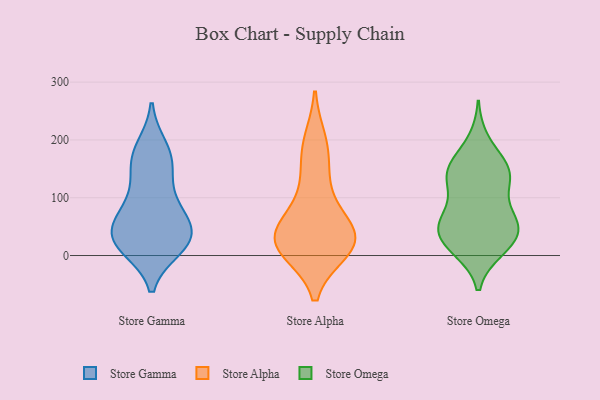
{"axis": {"x": "Website Visitors", "y": "Value"}, "legend": ["Store Alpha", "Store Gamma", "Store Omega"], "data": [{"x": "", "y": 15, "type": "Store Gamma"}, {"x": "", "y": 23, "type": "Store Gamma"}, {"x": "", "y": 38, "type": "Store Gamma"}, {"x": "", "y": 186, "type": "Store Gamma"}, {"x": "", "y": 175, "type": "Store Gamma"}, {"x": "", "y": 26, "type": "Store Gamma"}, {"x": "", "y": 152, "type": "Store Gamma"}, {"x": "", "y": 153, "type": "Store Gamma"}, {"x": "", "y": 34, "type": "Store Gamma"}, {"x": "", "y": 51, "type": "Store Gamma"}, {"x": "", "y": 68, "type": "Store Gamma"}, {"x": "", "y": 93, "type": "Store Gamma"}, {"x": "", "y": 88, "type": "Store Gamma"}, {"x": "", "y": 19, "type": "Store Gamma"}, {"x": "", "y": 35, "type": "Store Alpha"}, {"x": "", "y": 20, "type": "Store Alpha"}, {"x": "", "y": 196, "type": "Store Alpha"}, {"x": "", "y": 10, "type": "Store Alpha"}, {"x": "", "y": 123, "type": "Store Alpha"}, {"x": "", "y": 40, "type": "Store Alpha"}, {"x": "", "y": 78, "type": "Store Alpha"}, {"x": "", "y": 176, "type": "Store Alpha"}, {"x": "", "y": 22, "type": "Store Alpha"}, {"x": "", "y": 19, "type": "Store Alpha"}, {"x": "", "y": 30, "type": "Store Alpha"}, {"x": "", "y": 66, "type": "Store Omega"}, {"x": "", "y": 144, "type": "Store Omega"}, {"x": "", "y": 46, "type": "Store Omega"}, {"x": "", "y": 64, "type": "Store Omega"}, {"x": "", "y": 15, "type": "Store Omega"}, {"x": "", "y": 14, "type": "Store Omega"}, {"x": "", "y": 58, "type": "Store Omega"}, {"x": "", "y": 146, "type": "Store Omega"}, {"x": "", "y": 198, "type": "Store Omega"}, {"x": "", "y": 129, "type": "Store Omega"}, {"x": "", "y": 147, "type": "Store Omega"}, {"x": "", "y": 138, "type": "Store Omega"}, {"x": "", "y": 10, "type": "Store Omega"}, {"x": "", "y": 31, "type": "Store Omega"}, {"x": "", "y": 53, "type": "Store Omega"}, {"x": "", "y": 160, "type": "Store Omega"}, {"x": "", "y": 44, "type": "Store Omega"}, {"x": "", "y": 105, "type": "Store Omega"}]}